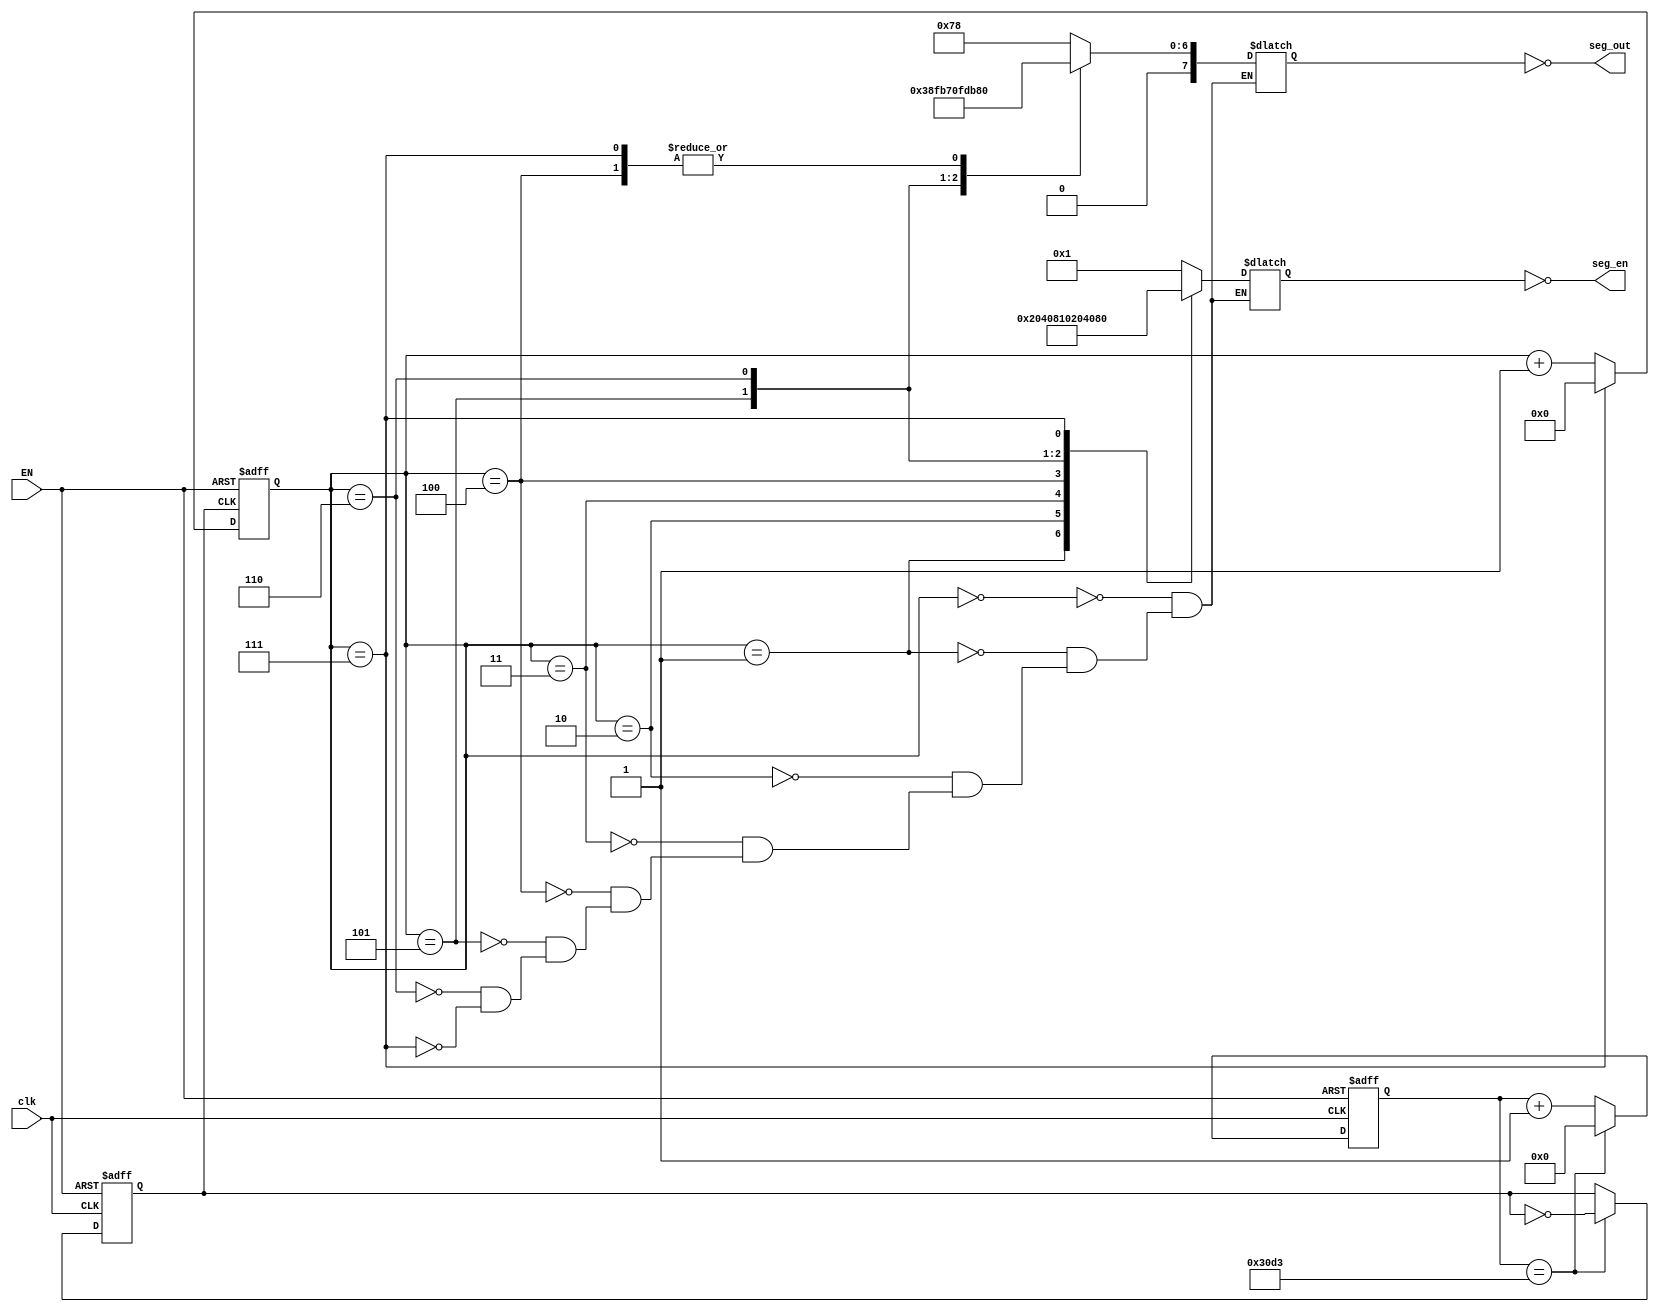
`timescale 1ns / 1ps
//////////////////////////////////////////////////////////////////////////////////
// Company: 
// Engineer: 
// 
// Design Name: 
// Module Name: rollingcse
// Project Name: 
// Target Devices: 
// Tool Versions: 
// Description: 
// 
// Dependencies: 
// 
// Revision:
// Revision 0.01 - File Created
// Additional Comments:
// 
//////////////////////////////////////////////////////////////////////////////////

//
module failintopay(
input EN,
input clk,
output [7:0] seg_en,
output [7:0] seg_out
);
    //
    reg clkout;
    reg [31:0] cnt;
    reg [6:0] scan_cnt;//
    parameter differentcharperiod=25000;
    
    //
    reg [7:0] seg_out_r;
    reg [7:0] seg_en_r;
    assign seg_out=~seg_out_r;
    assign seg_en=~seg_en_r;

    //
    parameter O=7'b0111111;
    parameter L=7'b0111000;
    parameter e=7'b1111011;
    parameter f=7'b1110001;
    parameter t=7'b1111000;
    parameter n=7'b0110111;

    always @(posedge clk, negedge EN)
    begin
        if(!EN)
        begin
            clkout<=0;
            cnt<=0;
        end
        else if(cnt==(differentcharperiod>>1)-1) 
        begin
            clkout<=~clkout;
            cnt<=0;
        end
        else
        cnt<=cnt+1;
    end

    always @(posedge clkout, negedge EN)
    begin
        if(!EN)
        begin
            scan_cnt<=0;
        end
        else if(scan_cnt==7) scan_cnt<=0;
        else
        scan_cnt<=scan_cnt+1;
    end

    always @(scan_cnt)
    begin
        case(scan_cnt)
        0:seg_en_r=8'b0000_0001;
        1:seg_en_r=8'b0000_0010;
        2:seg_en_r=8'b0000_0100;
        3:seg_en_r=8'b0000_1000;
        4:seg_en_r=8'b0001_0000;
        5:seg_en_r=8'b0010_0000;
        6:seg_en_r=8'b0100_0000;
        7:seg_en_r=8'b1000_0000;
        endcase
    end

    always  @(scan_cnt)
    begin
        case(scan_cnt)
        0:seg_out_r={1'b0,t};
        1:seg_out_r={1'b0,f};
        2:seg_out_r={1'b0,e};
        3:seg_out_r={1'b0,L};
        4:seg_out_r=8'b0000_0000;
        5:seg_out_r={1'b0,O};
        6:seg_out_r={1'b0,n};
        7:seg_out_r=8'b0000_0000;
        endcase
    end


endmodule